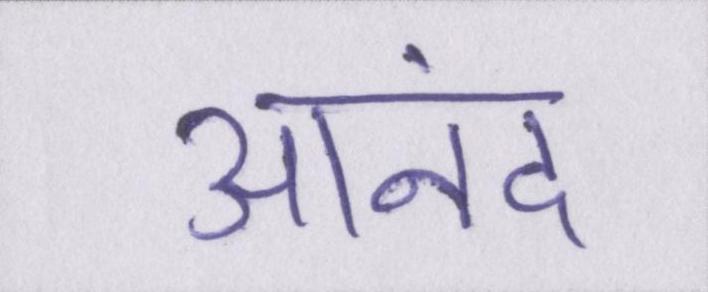
आनंद